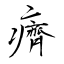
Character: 癠